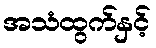
အသံထွက်နှင့်